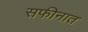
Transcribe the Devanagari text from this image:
सफीनात